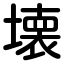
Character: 壊